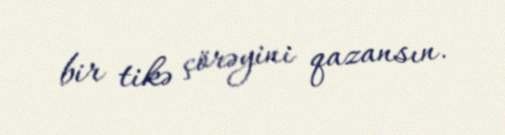
bir tikə çörəyini qazansın.